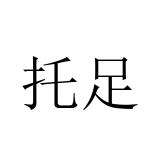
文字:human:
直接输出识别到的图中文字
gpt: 托足